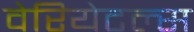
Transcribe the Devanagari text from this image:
वेरियेटल्स